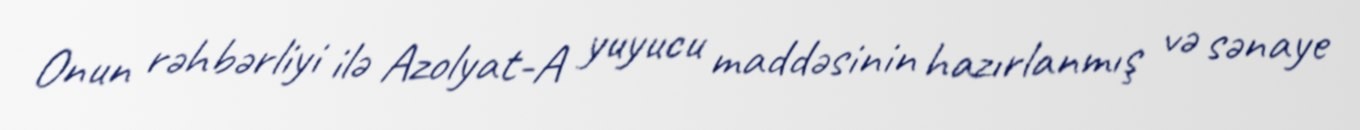
Onun rəhbərliyi ilə Azolyat-A yuyucu maddəsinin hazırlanmış və sənaye